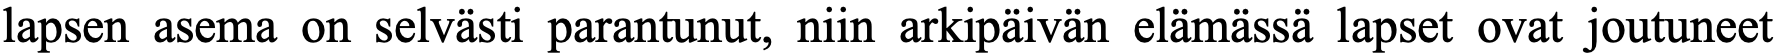
lapsen asema on selvästi parantunut, niin arkipäivän elämässä lapset ovat joutuneet